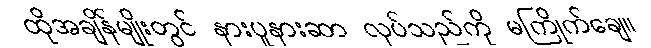
ထိုအချိန်မျိုးတွင် နားပူနားဆာ လုပ်သည်ကို မကြိုက်ချေ။